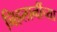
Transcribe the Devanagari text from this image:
निहलानींच्या